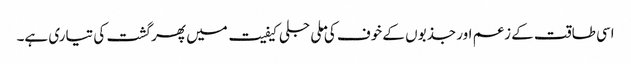
اسی طاقت کے زعم اور جذبوں کے خوف کی ملی جلی کیفیت میں پھر گشت کی تیاری ہے۔